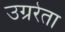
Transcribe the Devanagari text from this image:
उग्ररेता